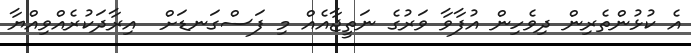
އެ ކުޅުންތެރިން ދިވެހިން އުފާވާ ވަރުގެ ނަތީޖާއެއް މި ފަސްގަނޑަށް  އިރާދަކުރެއްވިއްޔާ